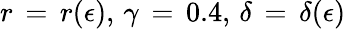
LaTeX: r\, =\, r(\epsilon),\, \gamma\, =\, 0.4,\, \delta\, =\, \delta(\epsilon)